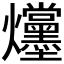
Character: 𪺌